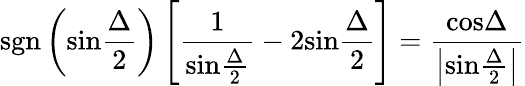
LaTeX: \mathrm{sgn}\left(\mathrm{sin}{\frac{\Delta}{2}}\right)\left[{\frac{1}{\mathrm{sin}{\frac{\Delta}{2}}}}-2\mathrm{sin}{\frac{\Delta}{2}}\right]={\frac{\mathrm{cos}\Delta}{\left|\mathrm{sin}{\frac{\Delta}{2}}\right|}}